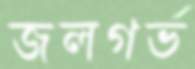
জলগর্ভ